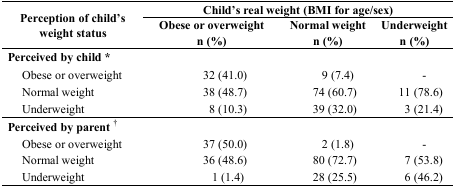
| <ROWSPAN=2> Perception of child’s weight status | <COLSPAN=3> Child’s real weight (BMI for age/sex) |
 | Obese or overweight n (%) | Normal weight n (%) | Underweight n (%) |
 | --- | --- | --- | --- |
 | Perceived by child* |  |  |  |
 | Obese or overweight | 32 (41.0) | 9 (7.4) | - |
 | Normal weight | 38 (48.7) | 74 (60.7) | 11 (78.6) |
 | Underweight | 8 (10.3) | 39 (32.0) | 3 (21.4) |
 | Perceived by parent† |  |  |  |
 | Obese or overweight | 37 (50.0) | 2 (1.8) | - |
 | Normal weight | 36 (48.6) | 80 (72.7) | 7 (53.8) |
 | Underweight | 1 (1.4) | 28 (25.5) | 6 (46.2) |